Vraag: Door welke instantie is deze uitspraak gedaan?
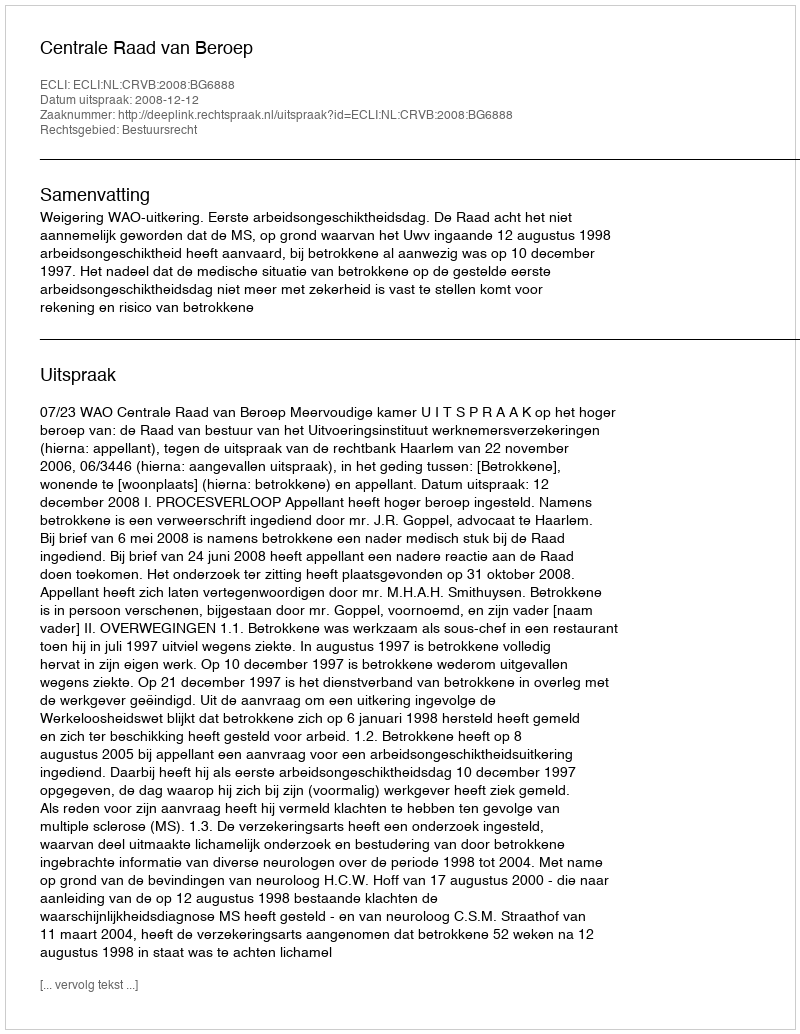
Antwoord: Centrale Raad van Beroep